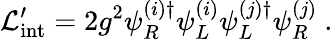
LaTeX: {\cal L}_{\mathrm{int}}^{\prime}=2g^{2}\psi_{R}^{(i)\dagger}\psi_{L}^{(i)}\psi_{L}^{(j)\dagger}\psi_{R}^{(j)}\ .